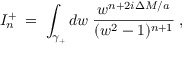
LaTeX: { \cal I } _ { n } ^ { + } \; = \; \int _ { \gamma _ { + } } d w \; \frac { w ^ { n + 2 i \Delta M / a } } { ( w ^ { 2 } - 1 ) ^ { n + 1 } } \; ,